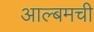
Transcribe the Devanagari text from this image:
आल्बमची